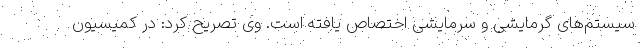
سیستم‌های گرمایشی و سرمایشی اختصاص یافته است. وی تصریح کرد: در کمیسیون